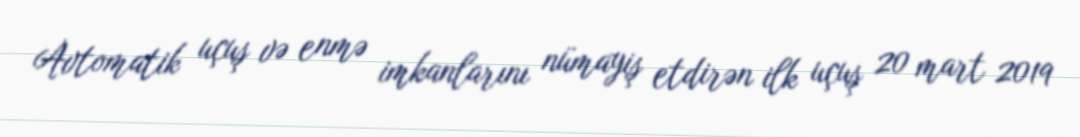
Avtomatik uçuş və enmə imkanlarını nümayiş etdirən ilk uçuş 20 mart 2019